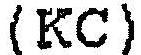
(KC)